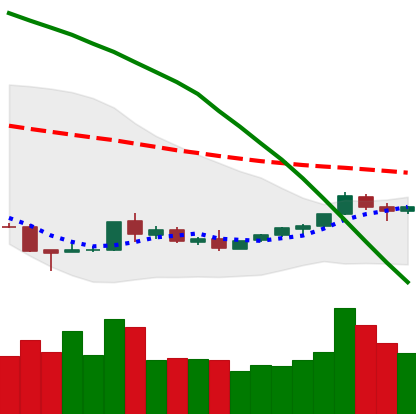
Ticker: TRX-USD
Chart end date: 2018-08-31
Forward return: -13.948%
Label: down_7plus